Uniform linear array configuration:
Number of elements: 32
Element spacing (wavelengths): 1
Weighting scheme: kaiser
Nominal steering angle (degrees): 15
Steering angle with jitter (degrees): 16.169
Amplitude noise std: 0.05
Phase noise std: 0.05

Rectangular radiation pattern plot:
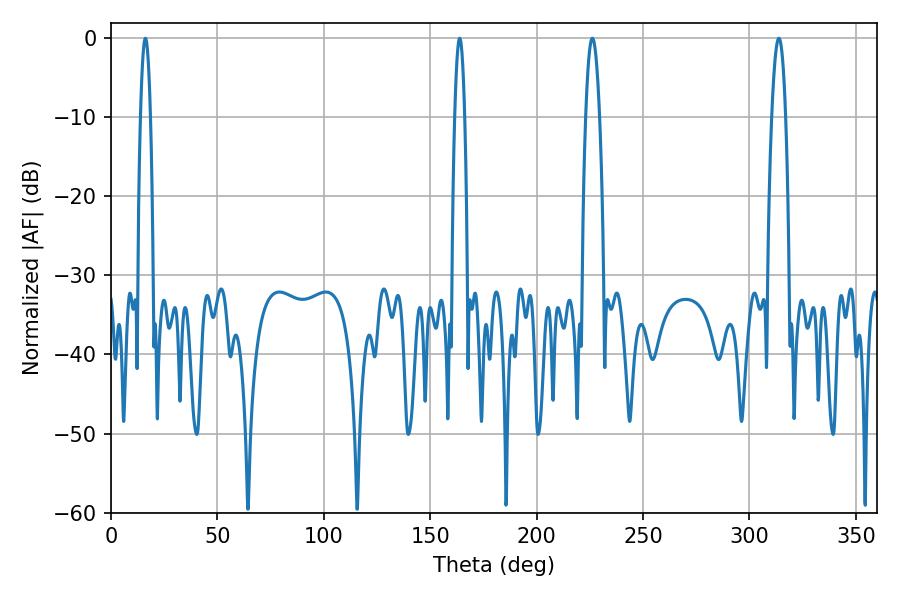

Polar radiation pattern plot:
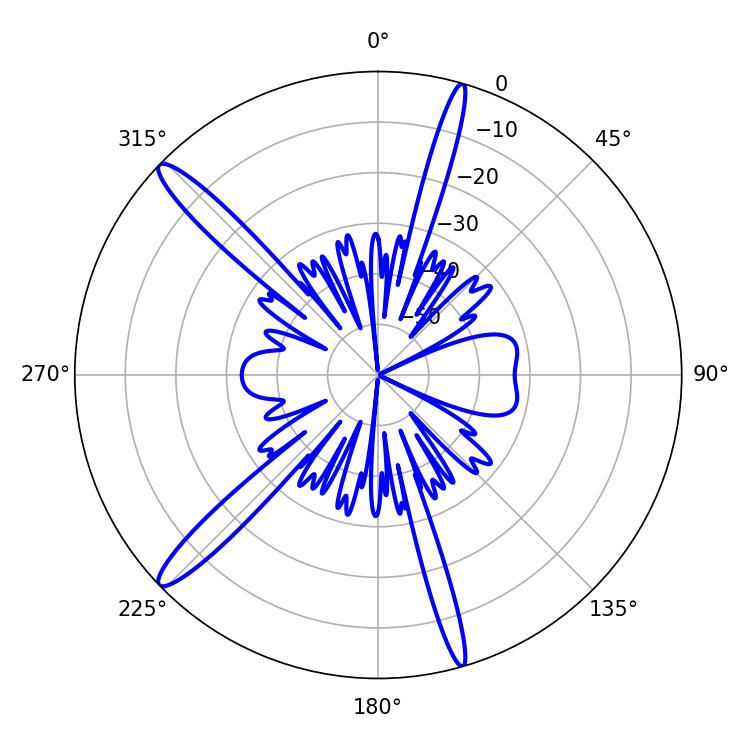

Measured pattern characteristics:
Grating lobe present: TRUE
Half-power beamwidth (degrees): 2.52
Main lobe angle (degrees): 163.8